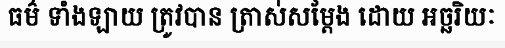
ធម៌ ទាំងឡាយ ត្រូវបាន ត្រាស់សម្តែង ដោយ អច្ឆរិយៈ